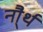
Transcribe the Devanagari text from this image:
नौ्र्थ